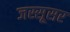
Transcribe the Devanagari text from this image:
जस्सूसर